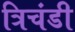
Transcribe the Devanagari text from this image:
त्रिचंडी